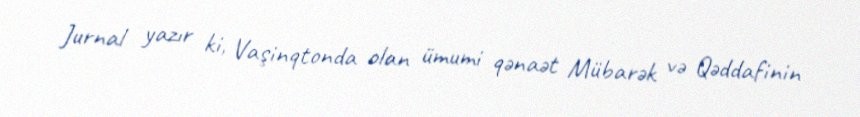
Jurnal yazır ki, Vaşinqtonda olan ümumi qənaət Mübarək və Qəddafinin